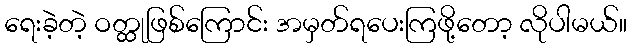
ရေးခဲ့တဲ့ ဝတ္ထုဖြစ်ကြောင်း အမှတ်ရပေးကြဖို့တော့ လိုပါမယ်။